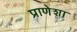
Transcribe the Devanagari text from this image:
प्राणेशा